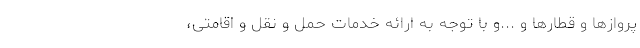
پروازها و قطارها و ...و با توجه به ارائه خدمات حمل و نقل و اقامتی،